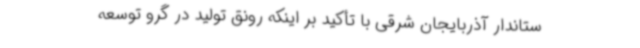
ستاندار آذربایجان شرقی با تأکید بر اینکه رونق تولید در گرو توسعه